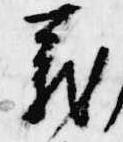
義